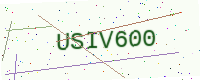
Text: USIV600